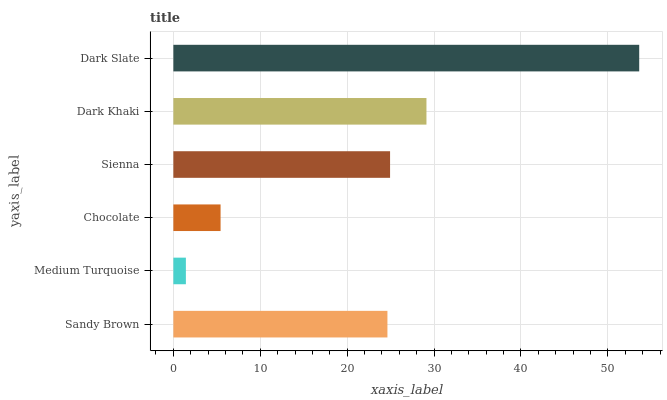
| yaxis_label | bars |
 | --- | --- |
 | Sandy Brown | 24.6 |
 | Medium Turquoise | 1.44 |
 | Chocolate | 5.43 |
 | Sienna | 24.9 |
 | Dark Khaki | 29.1 |
 | Dark Slate | 53.6 |